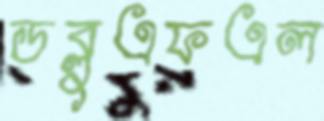
ডব্লুএফএল